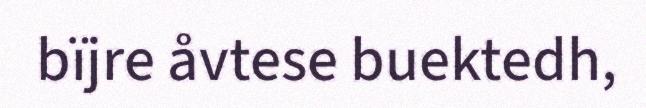
bïjre åvtese buektedh,